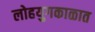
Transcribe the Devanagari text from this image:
लोहयुगकाळात